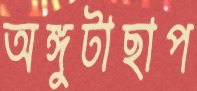
অঙ্গুটাছাপ